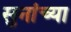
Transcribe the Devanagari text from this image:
सुनांच्या